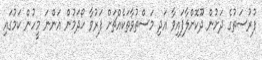
ފުރުސަތުގެ ދަށުން ދޫކޮށްލާފައިވާ އަދި މަސްތުވާތަކެއްޗަށް ފަރުވާ ހޯދަމުން އަންނަ މީހުން ކަމުގައި